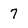
Character: 7